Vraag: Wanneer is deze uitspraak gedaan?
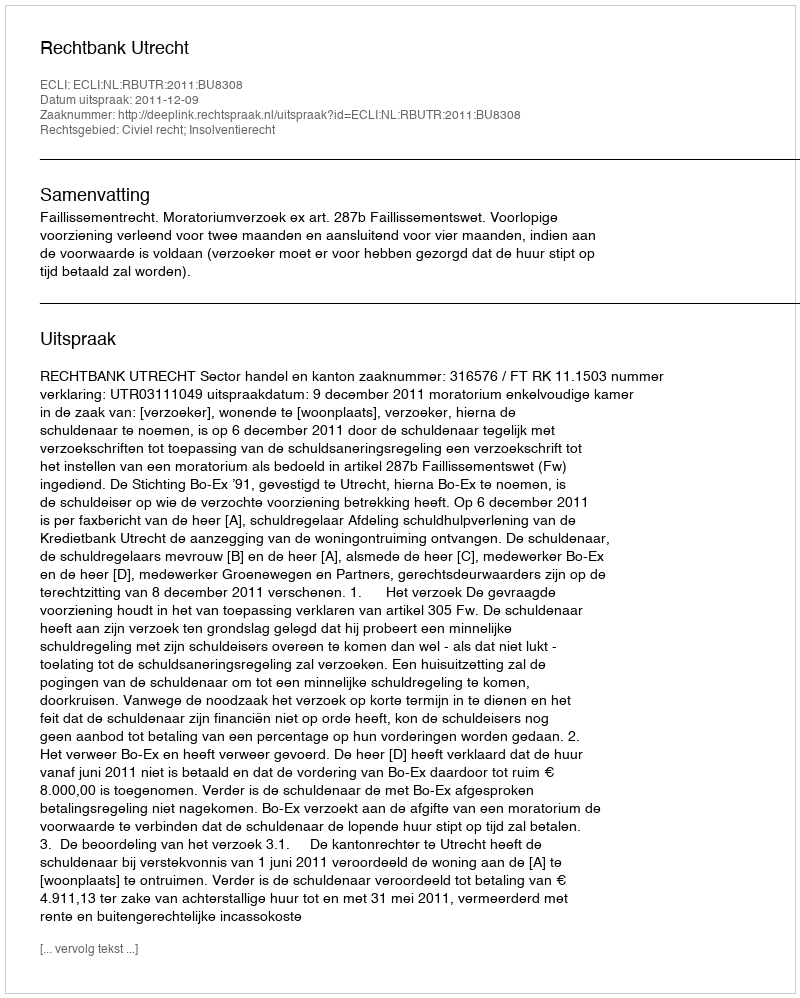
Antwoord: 2011-12-09